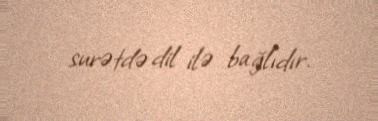
surətdə dil ilə bağlıdır.